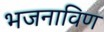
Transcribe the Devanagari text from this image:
भजनाविण